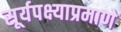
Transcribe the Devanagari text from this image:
सूर्यपक्ष्याप्रमाणे